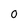
Character: O